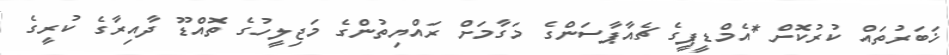
ޚަބަރުތައް ކުރުކޮށް *އެމްޑީޕީގެ ޗެއާޕާސަންގެ މަގާމަށް ރައްޔިތުންގެ މަޖިލީހުގެ ތޮއްޑޫ ދާއިރާގެ ކުރީގެ